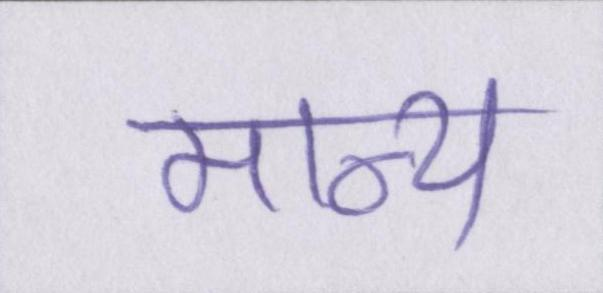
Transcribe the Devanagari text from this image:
मान्य